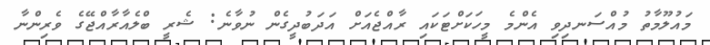
މައުލޫމާތު މުއްސަނދިވި އެންމެ މީހަކަށްޓަކައި ރާއްޖެއަށް އަދަބުދީގެން ނުވާނެ: ޝެރީ ބްލެއާރާއްޖޭގެ ވެރިންނާ